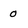
Character: 0